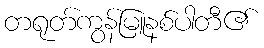
တရုတ်ကွန်မြူနစ်ပါတီ၏